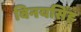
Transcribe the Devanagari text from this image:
विनयसिंह